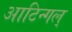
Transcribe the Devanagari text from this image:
आटिन्गल्